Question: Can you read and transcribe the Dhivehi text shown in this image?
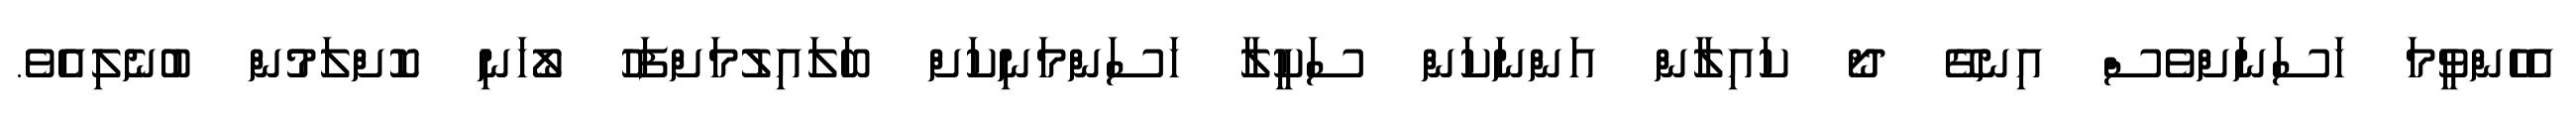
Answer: އެހެންވީމަ ހަސަނަށްވެސް އިނގޭ ދޯ ކައިލާން އަންނަކަން ސަކީލާ ހަސަންމަނިކަށް ބަލައިލުމަށްފަހު ލޯހަނި ކޮށްލަމުން ބުނެލިއެވެ.